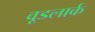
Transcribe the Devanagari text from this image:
वूडलार्क